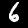
Label: 6